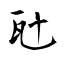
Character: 瓧